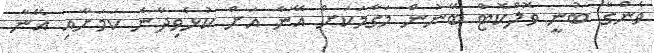
ވެންގާ ބުނީ ވޮލްކޮޓް ބޭނުން މަގާމަކަށް އޭނާ އަށް ކުޅެވިދާނެ ކަމަށާއި އޭނާ